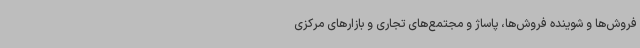
فروش‌ها و شوینده فروش‌ها، پاساژ و مجتمع‌های تجاری و بازارهای مرکزی